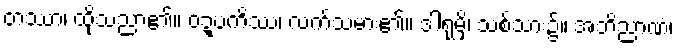
တဿာ၊ ထိုသညာ၏။ ဝဍ္ဎကိဿ၊ လက်သမား၏။ ဒါရုမှိ၊ သစ်သား၌။ အဘိညာဏံ၊